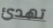
تهدئ